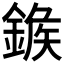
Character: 𨩀